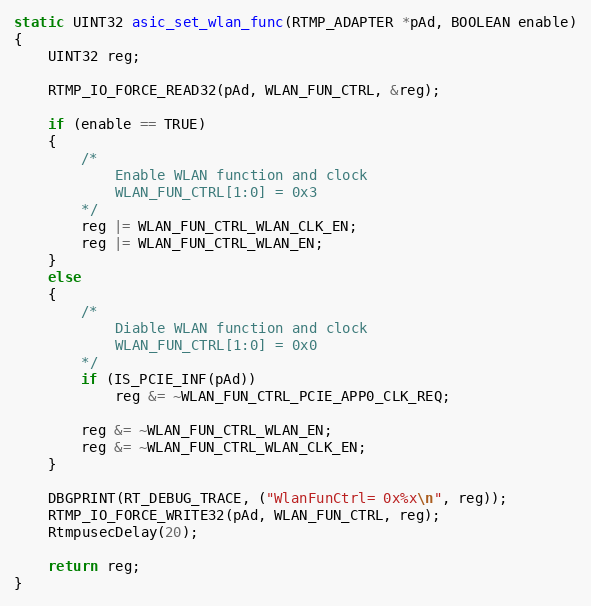
Language: C
static UINT32 asic_set_wlan_func(RTMP_ADAPTER *pAd, BOOLEAN enable)
{
	UINT32 reg;

	RTMP_IO_FORCE_READ32(pAd, WLAN_FUN_CTRL, &reg);

	if (enable == TRUE)
	{
		/*
			Enable WLAN function and clock
			WLAN_FUN_CTRL[1:0] = 0x3
		*/
		reg |= WLAN_FUN_CTRL_WLAN_CLK_EN;
		reg |= WLAN_FUN_CTRL_WLAN_EN;
	}
	else
	{
		/*
			Diable WLAN function and clock
			WLAN_FUN_CTRL[1:0] = 0x0
		*/
		if (IS_PCIE_INF(pAd))
			reg &= ~WLAN_FUN_CTRL_PCIE_APP0_CLK_REQ;

		reg &= ~WLAN_FUN_CTRL_WLAN_EN;
		reg &= ~WLAN_FUN_CTRL_WLAN_CLK_EN;
	}

	DBGPRINT(RT_DEBUG_TRACE, ("WlanFunCtrl= 0x%x\n", reg));
	RTMP_IO_FORCE_WRITE32(pAd, WLAN_FUN_CTRL, reg);
	RtmpusecDelay(20);

	return reg;
}